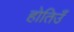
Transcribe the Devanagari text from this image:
होतिउँ